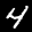
Label: 4